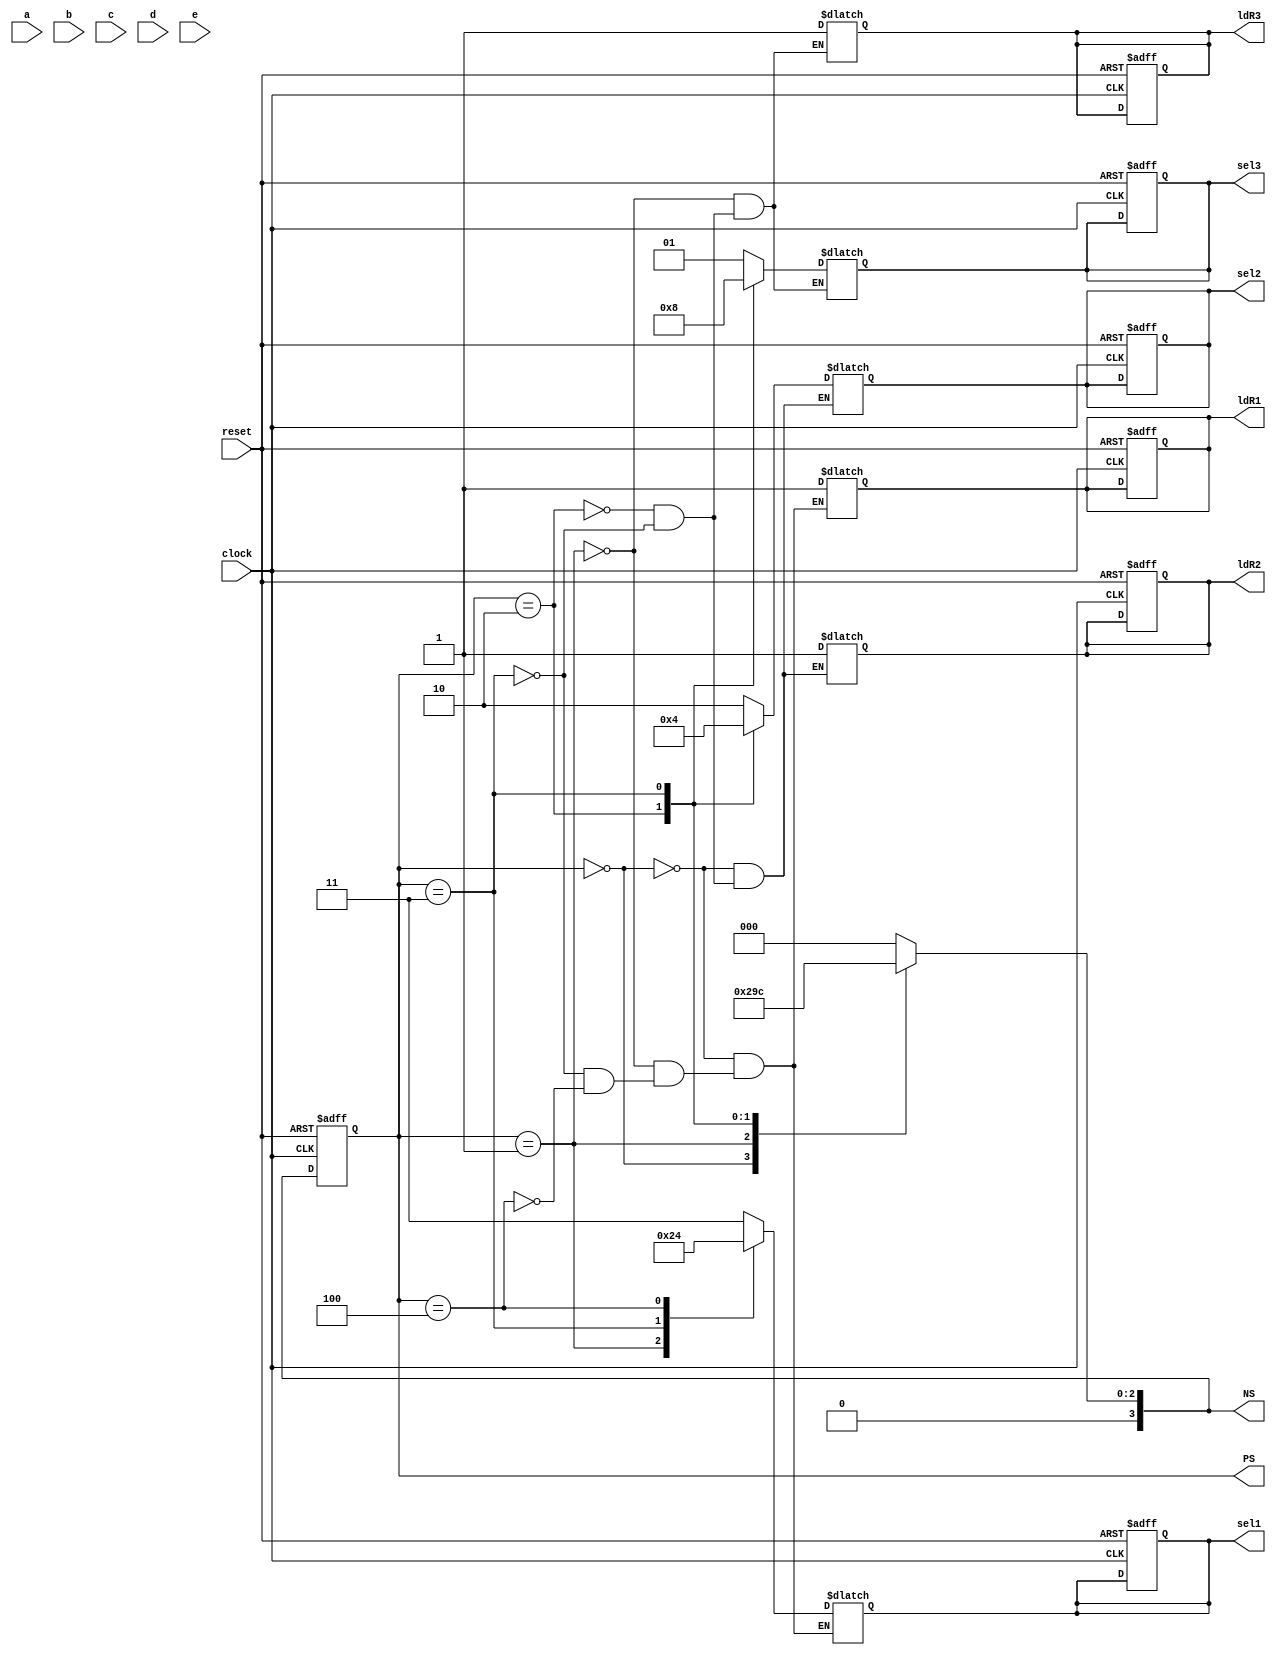
// Written on: 26 June 2022 (Saturday)
// Title: FSM+D - Control Unit (CU) (Book 1 pg. 216)

module CU_FSMplusD (
	input clock, reset,
	input [3:0] a, b, c, d, e,
	output reg [3:0] PS, NS,
	output reg [1:0] sel1, sel2, sel3, 
	output reg ldR1, ldR2, ldR3
);

	localparam	S0 = 3'b000,
					S1 = 3'b001,
					S2 = 3'b010,
					S3 = 3'b011,
					S4 = 3'b100;

	always @ (posedge clock, posedge reset)
	begin
		if (reset == 1'b1) begin
			sel1 <= 0;
			sel2 <= 0;
			sel3 <= 0;
			ldR1 <= 0;
			ldR2 <= 0;
			ldR3 <= 0;
			PS <= S0;
		end
		else begin
			PS <= NS;
		end
	end
	
	always @ (*)
	begin
		NS = PS;
		
		case(PS)
		
			S0: begin
				sel1 = 2'b11; // R1 = a
				sel2 = 2'b10; // R2 = c
				ldR1 = 1'b1;
				ldR2 = 1'b1;
				NS = S1;
			end
			
			S1: begin
				sel1 = 2'b10; // R1 = R1 + R2
				sel3 = 2'b01; // R3 = d
				ldR1 = 1'b1;
				ldR3 = 1'b1;
				NS = S2;
			end
			
			S2: begin
				sel2 = 2'b01; // R2 = R2 + R3
				sel3 = 2'b10; // R3 = b
				ldR2 = 1'b1;
				ldR3 = 1'b1;
				NS = S3;
			end
			
			S3: begin
				sel1 = 2'b01; // R1 = R1 + R3
				sel2 = 2'b00; // R2 = R1 * R2
				sel3 = 2'b00; // R3 = e
				ldR1 = 1'b1;
				ldR2 = 1'b1;
				ldR3 = 1'b1;
				NS = S4;
			end
			
			S4: begin
				sel1 = 2'b00; // R1 = R1 * R3
				ldR1 = 1'b1;
				NS = S0;
			end
			
			default: NS = S0;
		endcase
	end

endmodule